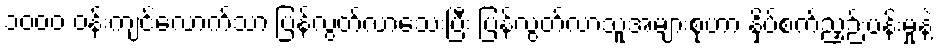
၁၀၀၀ ဝန်းကျင်လောက်သာ ပြန်လွတ်လာသေးပြီး ပြန်လွတ်လာသူအများစုဟာ နှိပ်စက်ညှဉ်းပန်းမှုနဲ့